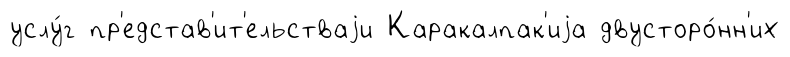
услу́г пр'едстав'ит'ельстваjи Каракалпак'иjа двусторо́нн'их